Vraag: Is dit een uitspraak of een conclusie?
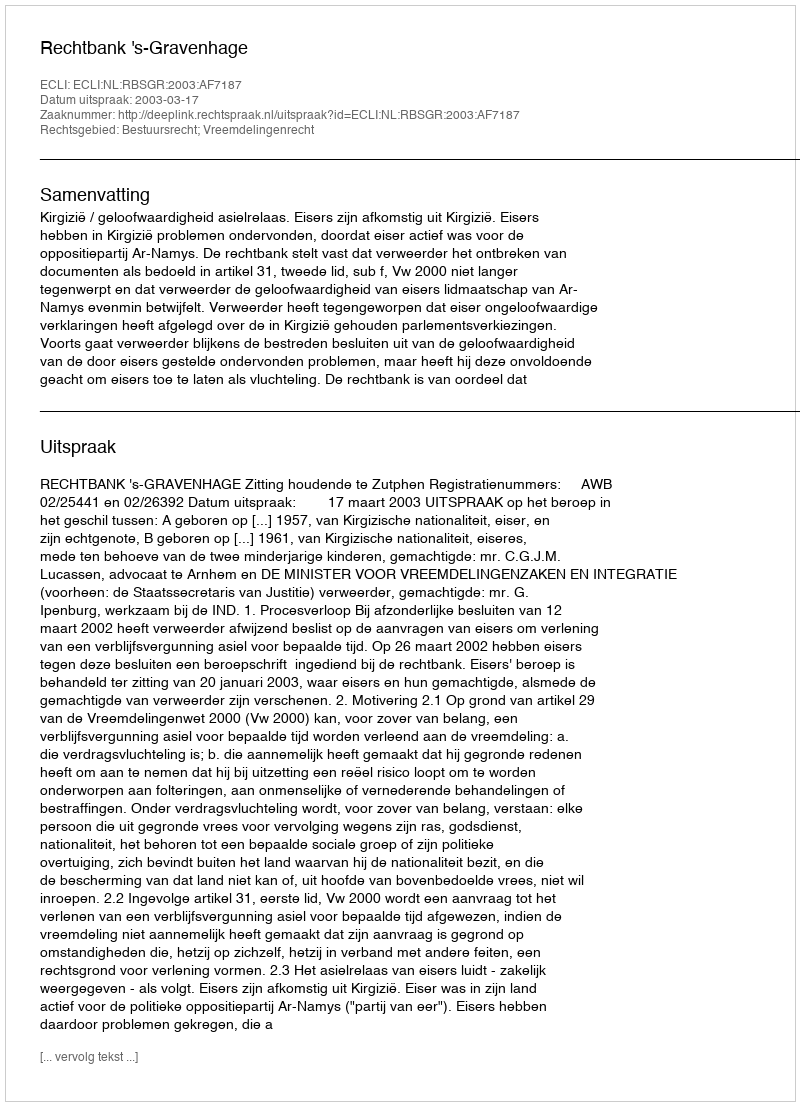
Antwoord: Uitspraak